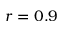
r = 0 . 9